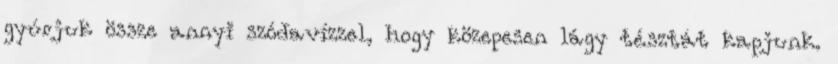
gyúrjuk össze annyi szódavízzel, hogy közepesen lágy tésztát kapjunk.